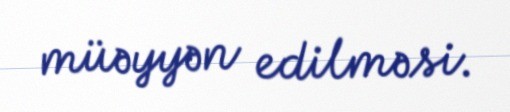
müəyyən edilməsi.